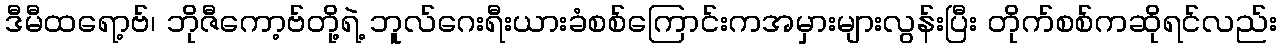
ဒီမီထရော့ဗ်၊ ဘိုဇီကော့ဗ်တို့ရဲ့ ဘူလ်ဂေးရီးယားခံစစ်ကြောင်းကအမှားများလွန်းပြီး တိုက်စစ်ကဆိုရင်လည်း